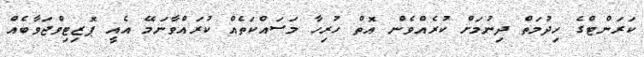
ކަރަންޓްގެ ހިދުމަތް ދިނުމަށް ކުރެއްވެން އޮތް ހުރިހާ މަސައްކަތެއް ކުރައްވާނަމޭ އެއީ ޕޮޒިޓިވްޖަވާބެއް